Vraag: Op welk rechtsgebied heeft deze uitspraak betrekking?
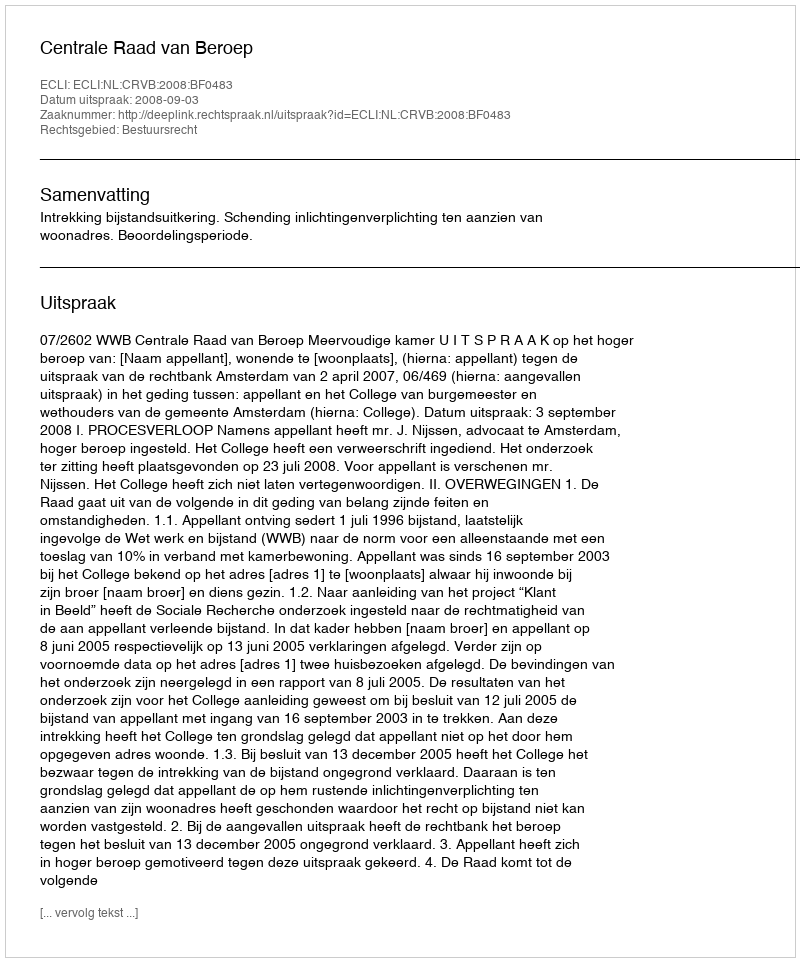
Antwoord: Bestuursrecht